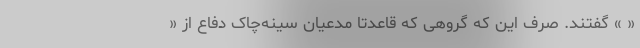
« » گفتند. صِرف این که گروهی که قاعدتاً مدعیان سینه‌چاک دفاع از «